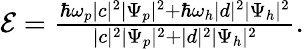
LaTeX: \begin{array}{r}{{\cal E}=\frac{\hbar\omega_{p}\vert c\vert^{2}\vert\Psi_{p}\vert^{2}+\hbar\omega_{h}\vert d\vert^{2}\vert\Psi_{h}\vert^{2}}{\vert c\vert^{2}\vert\Psi_{p}\vert^{2}+\vert d\vert^{2}\vert\Psi_{h}\vert^{2}}.}\end{array}